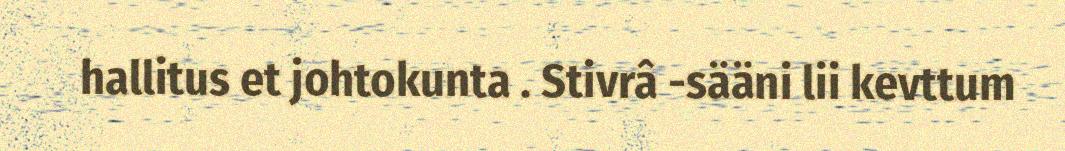
hallitus et johtokunta . Stivrâ -sääni lii kevttum